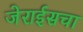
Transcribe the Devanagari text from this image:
जेराईसचा